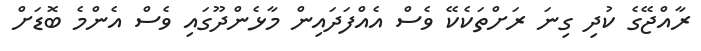
ރާއްޖޭގެ ކުދި ގިނަ ރަށްތަކެކޭ ވެސް އެއްފަދައިން މާޅެންދޫގައި ވެސް އެންމެ ބޮޑަށް